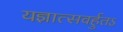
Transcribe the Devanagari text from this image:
यज्ञात्सवर्हुतऽ